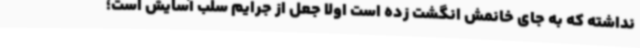
نداشته که به جای خانمش انگشت زده است اولا جعل از جرایم سلب آسایش است؛